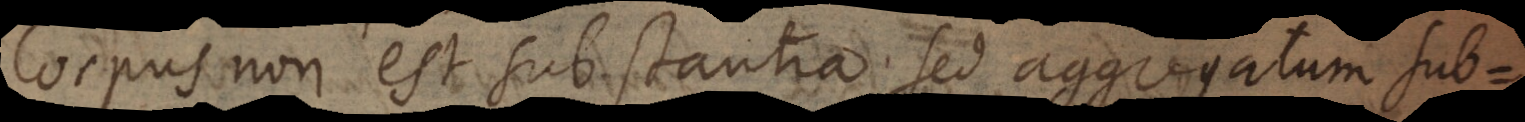
Corpus non est substantia sed aggregatum sub